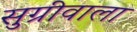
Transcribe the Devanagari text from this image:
सुग्रीवाला